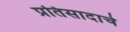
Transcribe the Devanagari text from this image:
प्रतिसादाचे